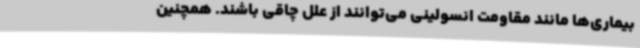
بیماری‌ها مانند مقاومت انسولینی می‌توانند از علل چاقی باشند. همچنین